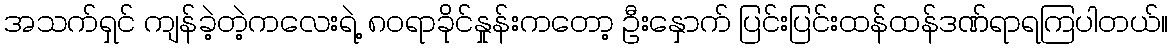
အသက်ရှင် ကျန်ခဲ့တဲ့ကလေးရဲ့ ၈၀ရာခိုင်နှုန်းကတော့ ဦးနှောက် ပြင်းပြင်းထန်ထန်ဒဏ်ရာရကြပါတယ်။